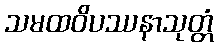
သမထဝိပဿနာသုတ္တံ